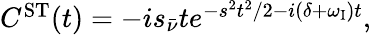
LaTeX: \begin{array}{r}{C^{\mathrm{{ST}}}(t)=-is_{\bar{\nu}}te^{-s^{2}t^{2}/2-i(\delta+\omega_{\mathrm{{I}}})t},}\end{array}